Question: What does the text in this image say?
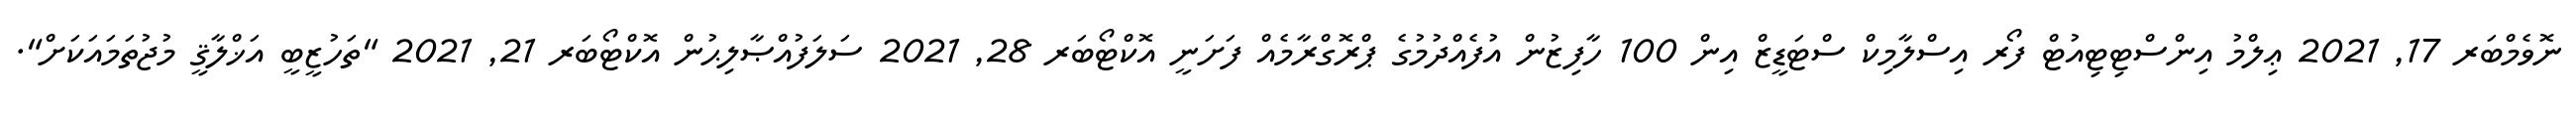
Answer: ނޮވެމްބަރ 17, 2021 ޢިލްމު އިންސްޓިޓިއުޓް ފޯރ އިސްލާމިކް ސްޓަޑީޒް އިން 100 ހާފިޒުން އުފެއްދުމުގެ ޕްރޮގްރާމެއް ފަށަނީ އޮކްޓޯބަރ 28, 2021 ސަލަފުއްޞާލިޙުން އޮކްޓޯބަރ 21, 2021 "ތަހުޒީބީ އަޚްލާޤީ މުޖުތަމައަކަށް".